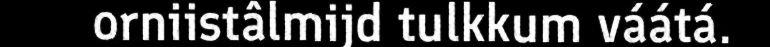
orniistâlmijd tulkkum váátá.